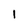
Character: 1